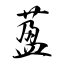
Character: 萾